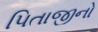
પિતાજીનો